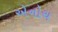
એનોચ